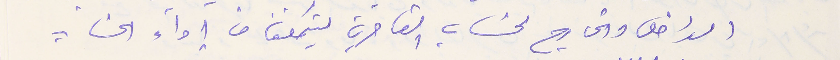
الداخل والخارج لحسَاب القاصرين ليتمكنان من إدآء الحساب